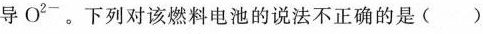
传导O^{2-}。下列对该燃料电池的说法不正确的是( )